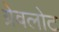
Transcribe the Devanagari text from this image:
ग्रेवलोट